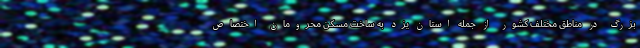
بزرگ در مناطق مختلف کشور از جمله استان یزد به ساخت مسکن محرومان اختصاص